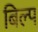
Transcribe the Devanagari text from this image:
बिल्प